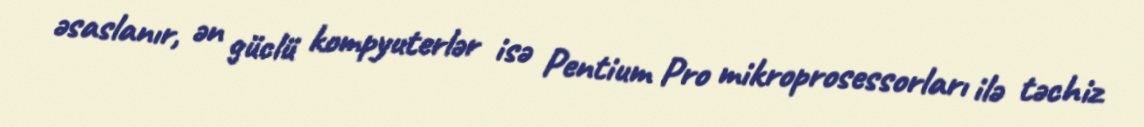
əsaslanır, ən güclü kompyuterlər isə Pentium Pro mikroprosessorları ilə təchiz